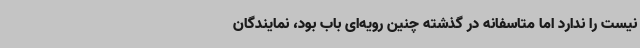
نیست را ندارد اما متاسفانه در گذشته چنین رویه‌ای باب بود، نمایندگان